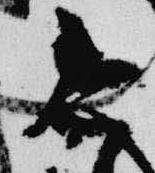
今